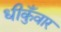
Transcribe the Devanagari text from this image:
धीकुँवार